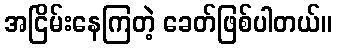
အငြိမ်းနေကြတဲ့ ခေတ်ဖြစ်ပါတယ်။